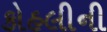
કોહલીની